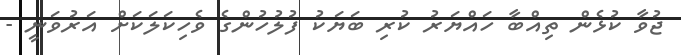
ޖުވާ ކުޅެން ތިއްބާ ހައްޔަރު ކުރި ބަޔަކު ފުލުހުންގެ ވެހިކަލަކަށް އަރުވަނީ -